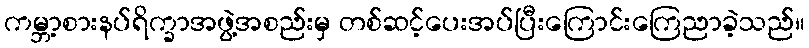
ကမ္ဘာ့စားနပ်ရိက္ခာအဖွဲ့အစည်းမှ တစ်ဆင့်ပေးအပ်ပြီးကြောင်းကြေညာခဲ့သည်။